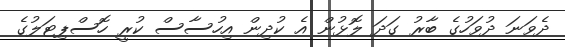
ދެވަނަ ދުވަހުގެ ބާރު ގަދަ ލޮޅުން އެ ކުދިން އިހުސާސް ކުރީ ހޮސްޕިޓަލުގެ